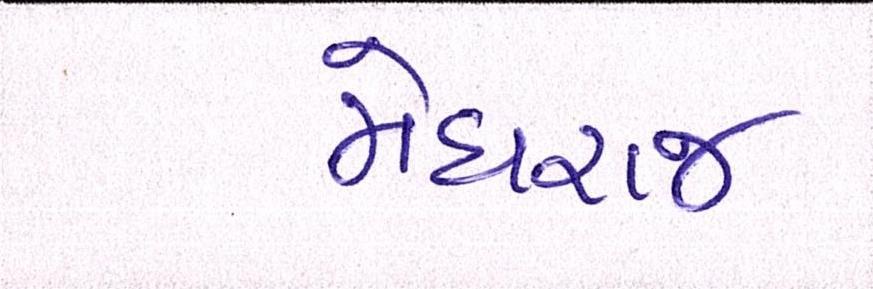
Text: મેઘરજ